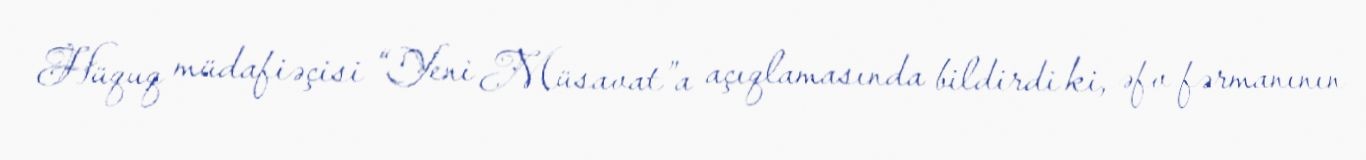
Hüquq müdafiəçisi “Yeni Müsavat”a açıqlamasında bildirdi ki, əfv fərmanının